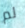
لم